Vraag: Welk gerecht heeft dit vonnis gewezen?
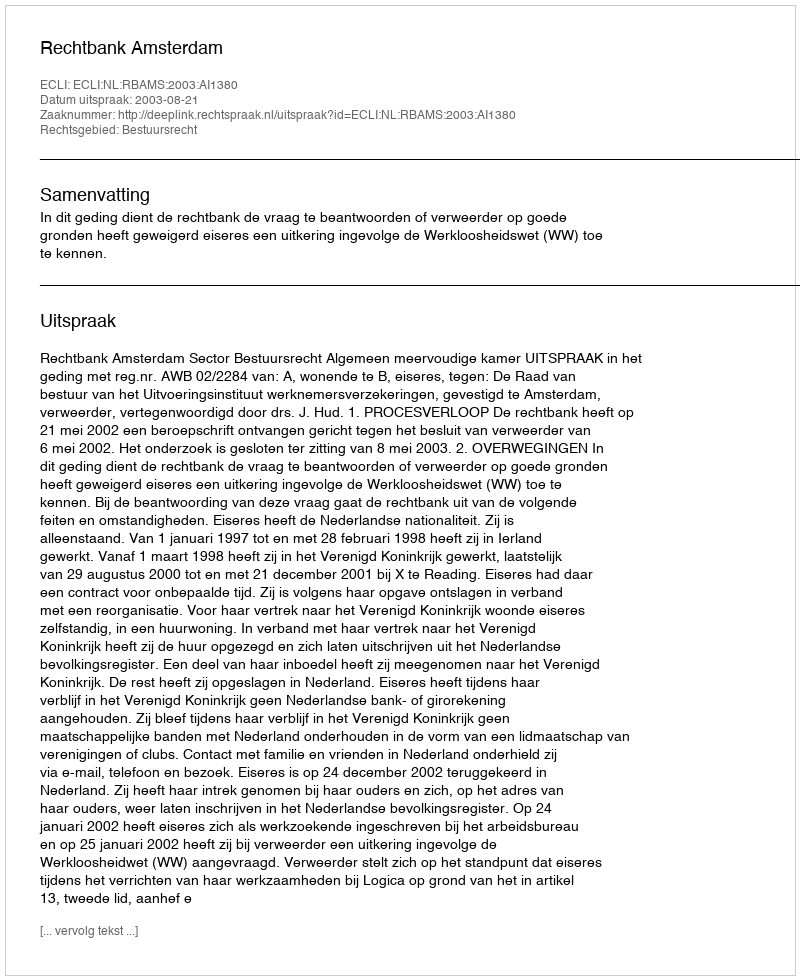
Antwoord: Rechtbank Amsterdam